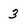
Character: 3